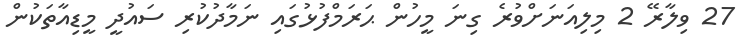
27 ވިލާރޭ 2 މިލިއަނަށްވުރެ ގިނަ މީހުން ޙަރަމްފުޅުގައި ނަމާދުކުރި ސައުދީ މީޑިއާތަކުން